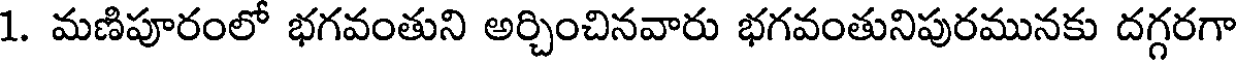
1. మణిపూరంలో భగవంతుని అర్చించినవారు భగవంతునిపురమునకు దగ్గరగా